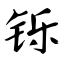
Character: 铄